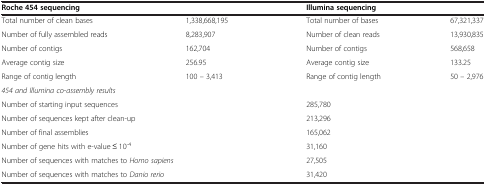
<table><thead><tr><td><b>Roche 454 sequencing</b></td><td><b> </b></td><td><b>Illumina sequencing</b></td><td><b> </b></td></tr></thead><tbody><tr><td>Total number of clean bases</td><td>1,338,668,195</td><td>Total number of bases</td><td>67,321,337</td></tr><tr><td>Number of fully assembled reads</td><td>8,283,907</td><td>Number of clean reads</td><td>13,930,835</td></tr><tr><td>Number of contigs</td><td>162,704</td><td>Number of contigs</td><td>568,658</td></tr><tr><td>Average contig size</td><td>256.95</td><td>Average contig size</td><td>133.25</td></tr><tr><td>Range of contig length</td><td>100 – 3,413</td><td>Range of contig length</td><td>50 – 2,976</td></tr><tr><td colspan="2"><i>454 and Illumina co-assembly results</i></td><td> </td><td> </td></tr><tr><td colspan="2">Number of starting input sequences</td><td colspan="2">285,780</td></tr><tr><td colspan="2">Number of sequences kept after clean-up</td><td colspan="2">213,296</td></tr><tr><td colspan="2">Number of final assemblies</td><td colspan="2">165,062</td></tr><tr><td colspan="2">Number of gene hits with e-value ≤ 10<sup>-4</sup></td><td colspan="2">31,160</td></tr><tr><td colspan="2">Number of sequences with matches to <i>Homo sapiens</i></td><td colspan="2">27,505</td></tr><tr><td colspan="2">Number of sequences with matches to <i>Danio rerio</i></td><td colspan="2">31,420</td></tr></tbody></table>